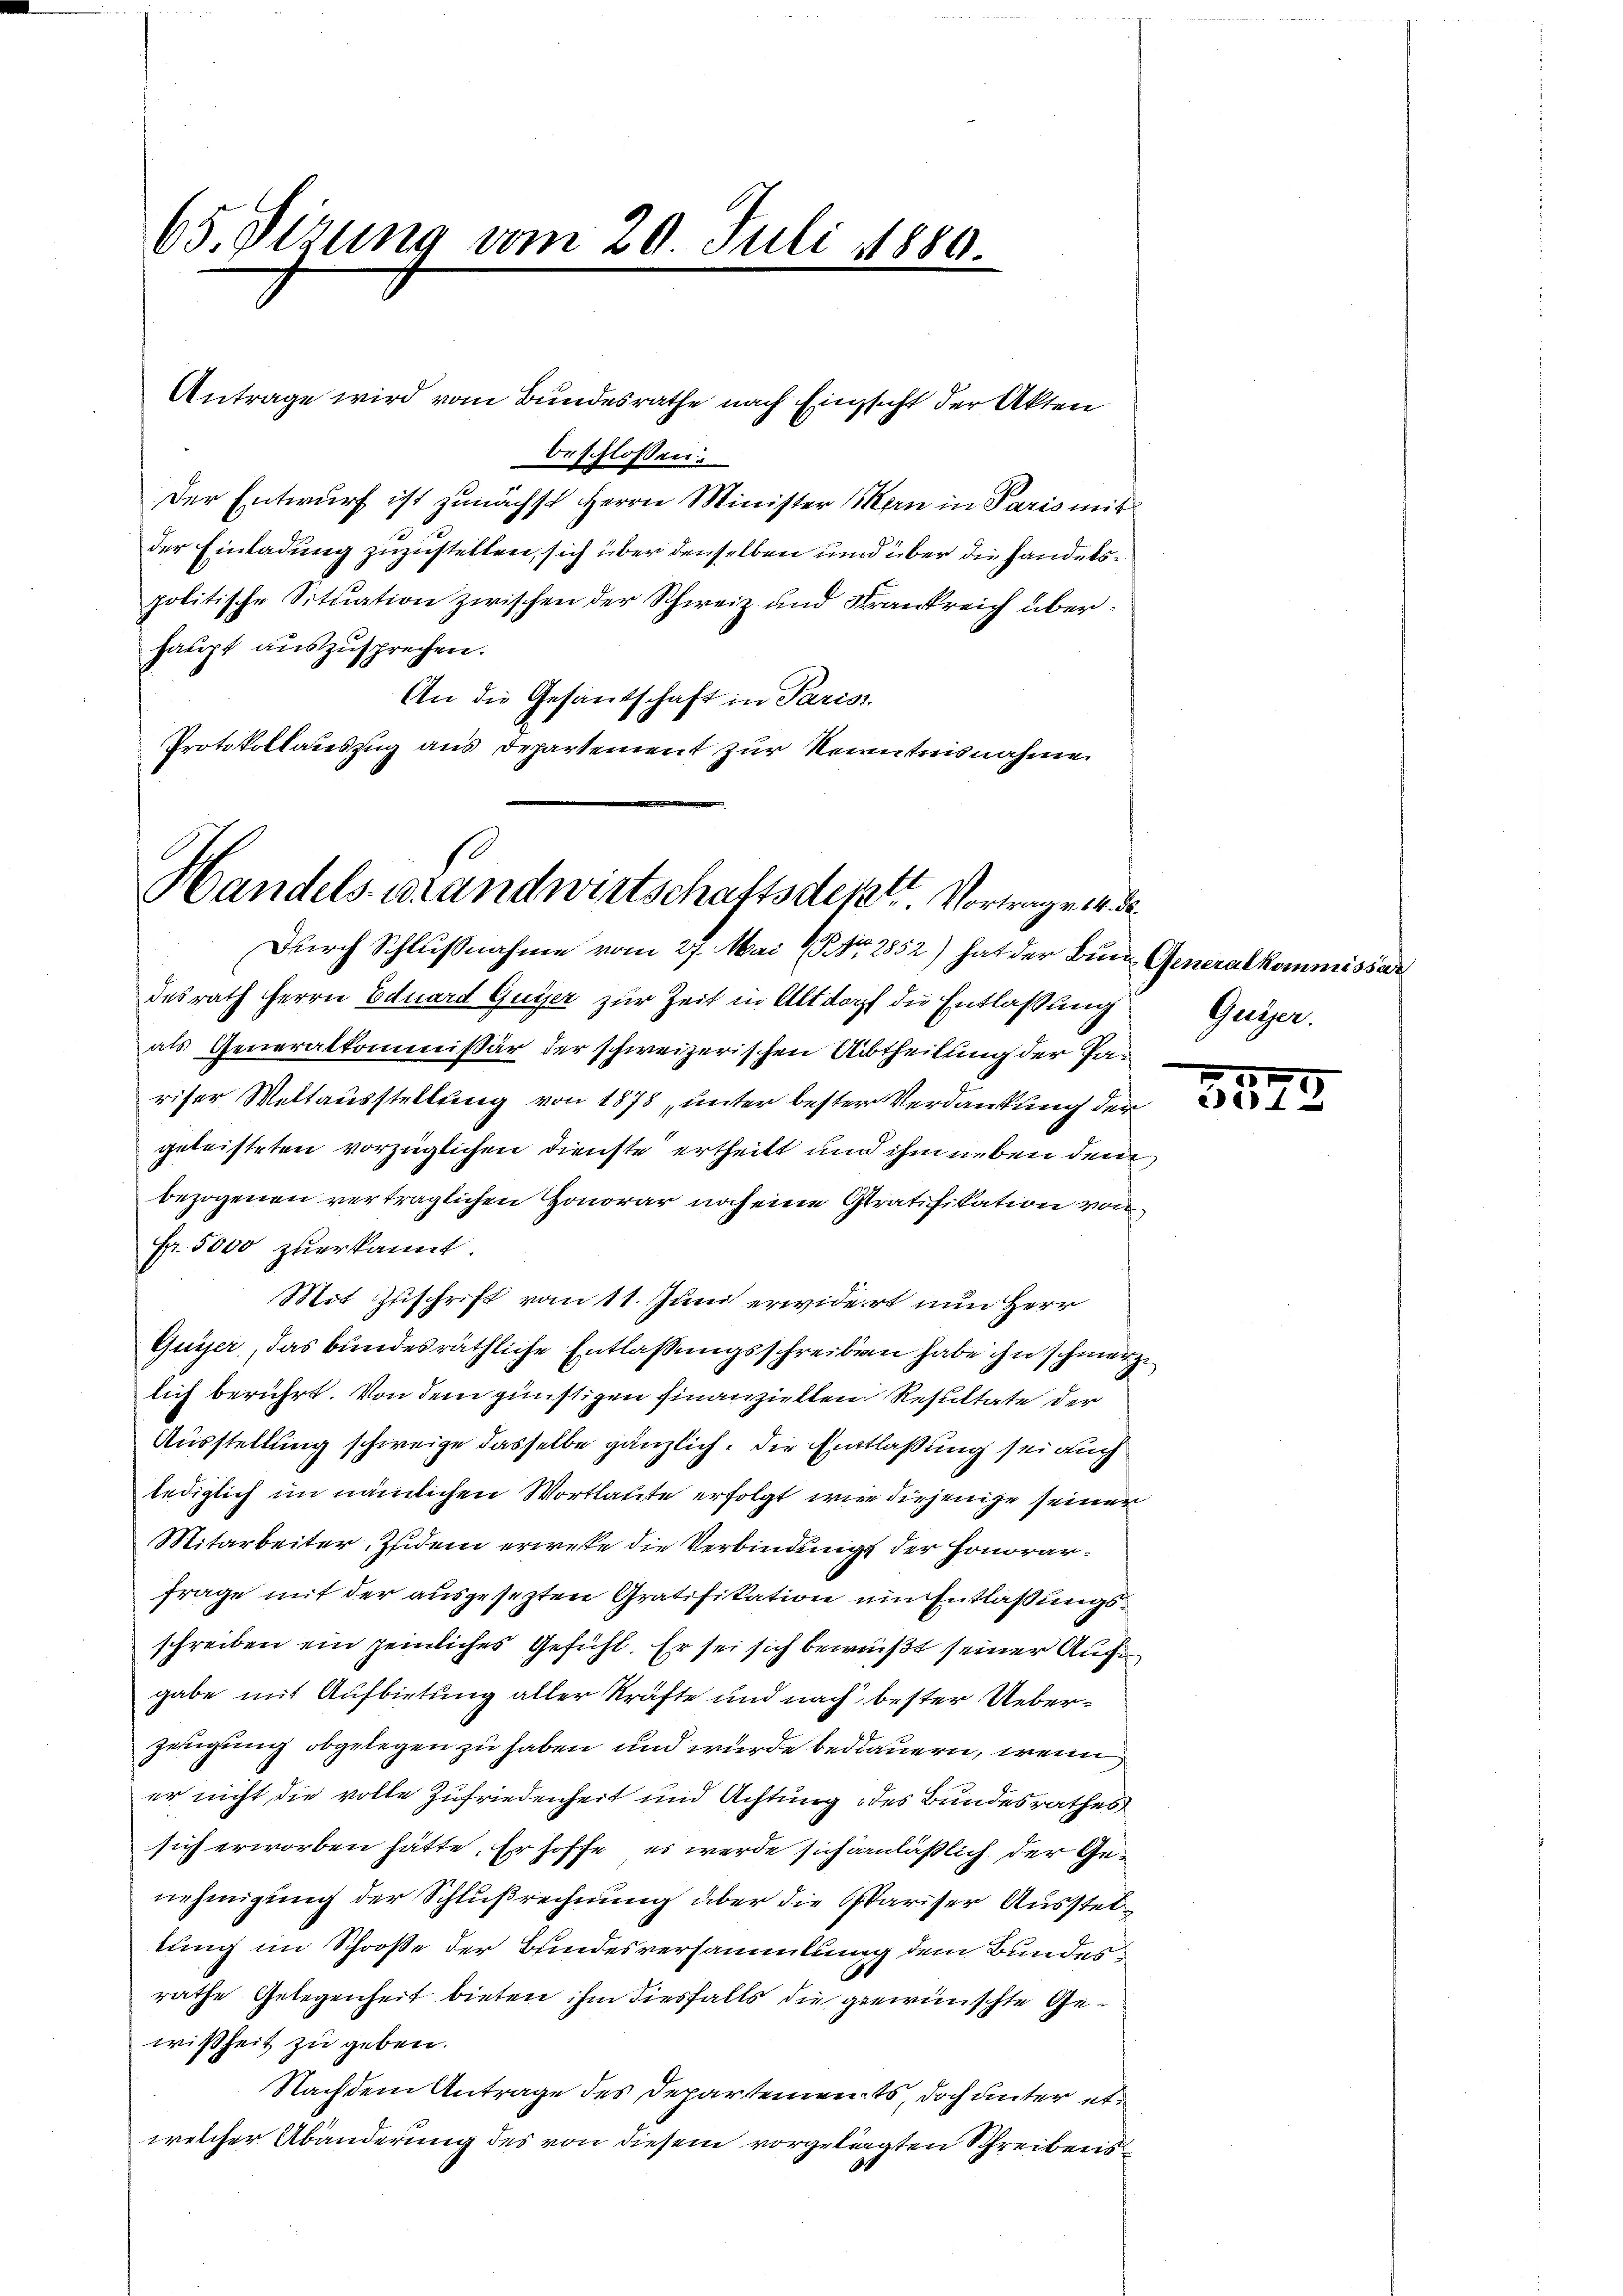
65. Dizung vom 29. Juli 1889

Antrage wird vom Bundesrathe nach Einsicht der Akten
beschlossen:
Der Entwurf ist zunächst Herrn Minister Mern in Paris mit
der Einladung zuzustellen, sich über denselben und über die Handelspolitische Situation zwischen der Schweiz und Krankreich überhaupt auszusprechen.
An die Gesandschaft in Parisi
Protokollauszug aus Departement zur Kenntnisnahme

be
Handels-Brandwirtschaftsdeker, Vortragen 14. de
Durch Schlußnahme vom 27. Mai (Nr. 2852) hat der Bun- Generalkommissar

desrath Herrn Eduard Guyer zur Zeit in Altdorf die Entlassung
als Generalkommissär der schweizerischen Abtheilung der Tariser Weltausstellung von 1878, unter bester Verdankung der
geleisteten vorzüglichen Dienste ertheilt und ihm neben dem
bezogenen verträglichen Honorar noch eine Stratifikation von
Fr. 5000 zuerkannt.
Mit Zuschrift vom 11. Juni erwidert nun Herr
Guyer, das bundesräthliche Entlassungsschreiben habe ihn schmerzlich berührt. Von dem günstigen finanziellen Resultate der
Ausstellung schweige dasselbe gänzlich. Die Entlaßung sei auch
lediglich im nämlichen Wortlaute erfolgt wir diejenige seiner
Mitarbeiter. Zudem erwese die Verbindung der Honorarfrage mit der ausgesezten Gratifikation ein Entlaßungsschreiben ein peinliches Gefühl. Er sei sich bewußt seiner Auf
gabe mit Aufbietung aller Kräfte und nach bester Ueberzeugung obgelegen zu haben und wurde bedauern, wenn
er nicht die volle Zufriedenheit und Achtung des Bundesrathes
sich erworben hätte. Er hoffe, es werde sich anläßlich der Genehmigung der Schlußrechnung über die Oskariser Aussteltung im Schrose der Bundesversammlung dem Bundesrathe Gelegenheit bieten ihm diesfalls die gewünschte Gewißheit zu geben.
Nachdem Antrage des Departements, doch unter etwelcher Abänderung des von diesem vorgelangten Schreibens

Guyer,

7
21